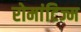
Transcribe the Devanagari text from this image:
रोमांटिज्म